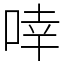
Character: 啈